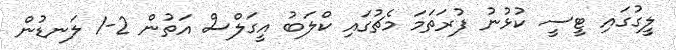
ލީގުގައި ޓީސީ ކުޅުނު ފުރަތަމަ މެޗުގައި ކްލަބު އީގަލްސް އަތުން 2-1 ލަނޑުން